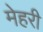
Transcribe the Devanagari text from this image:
मेहरी